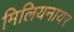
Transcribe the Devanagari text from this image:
मिलियनायर